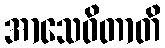
အာသေဝိတာတိ